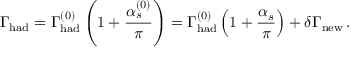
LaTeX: \Gamma _ { \mathrm { h a d } } = \Gamma _ { \mathrm { h a d } } ^ { ( 0 ) } \left( 1 + { \frac { \alpha _ { s } ^ { ( 0 ) } } { \pi } } \right) = \Gamma _ { \mathrm { h a d } } ^ { ( 0 ) } \left( 1 + { \frac { \alpha _ { s } } { \pi } } \right) + \delta \Gamma _ { \mathrm { n e w } } \, .